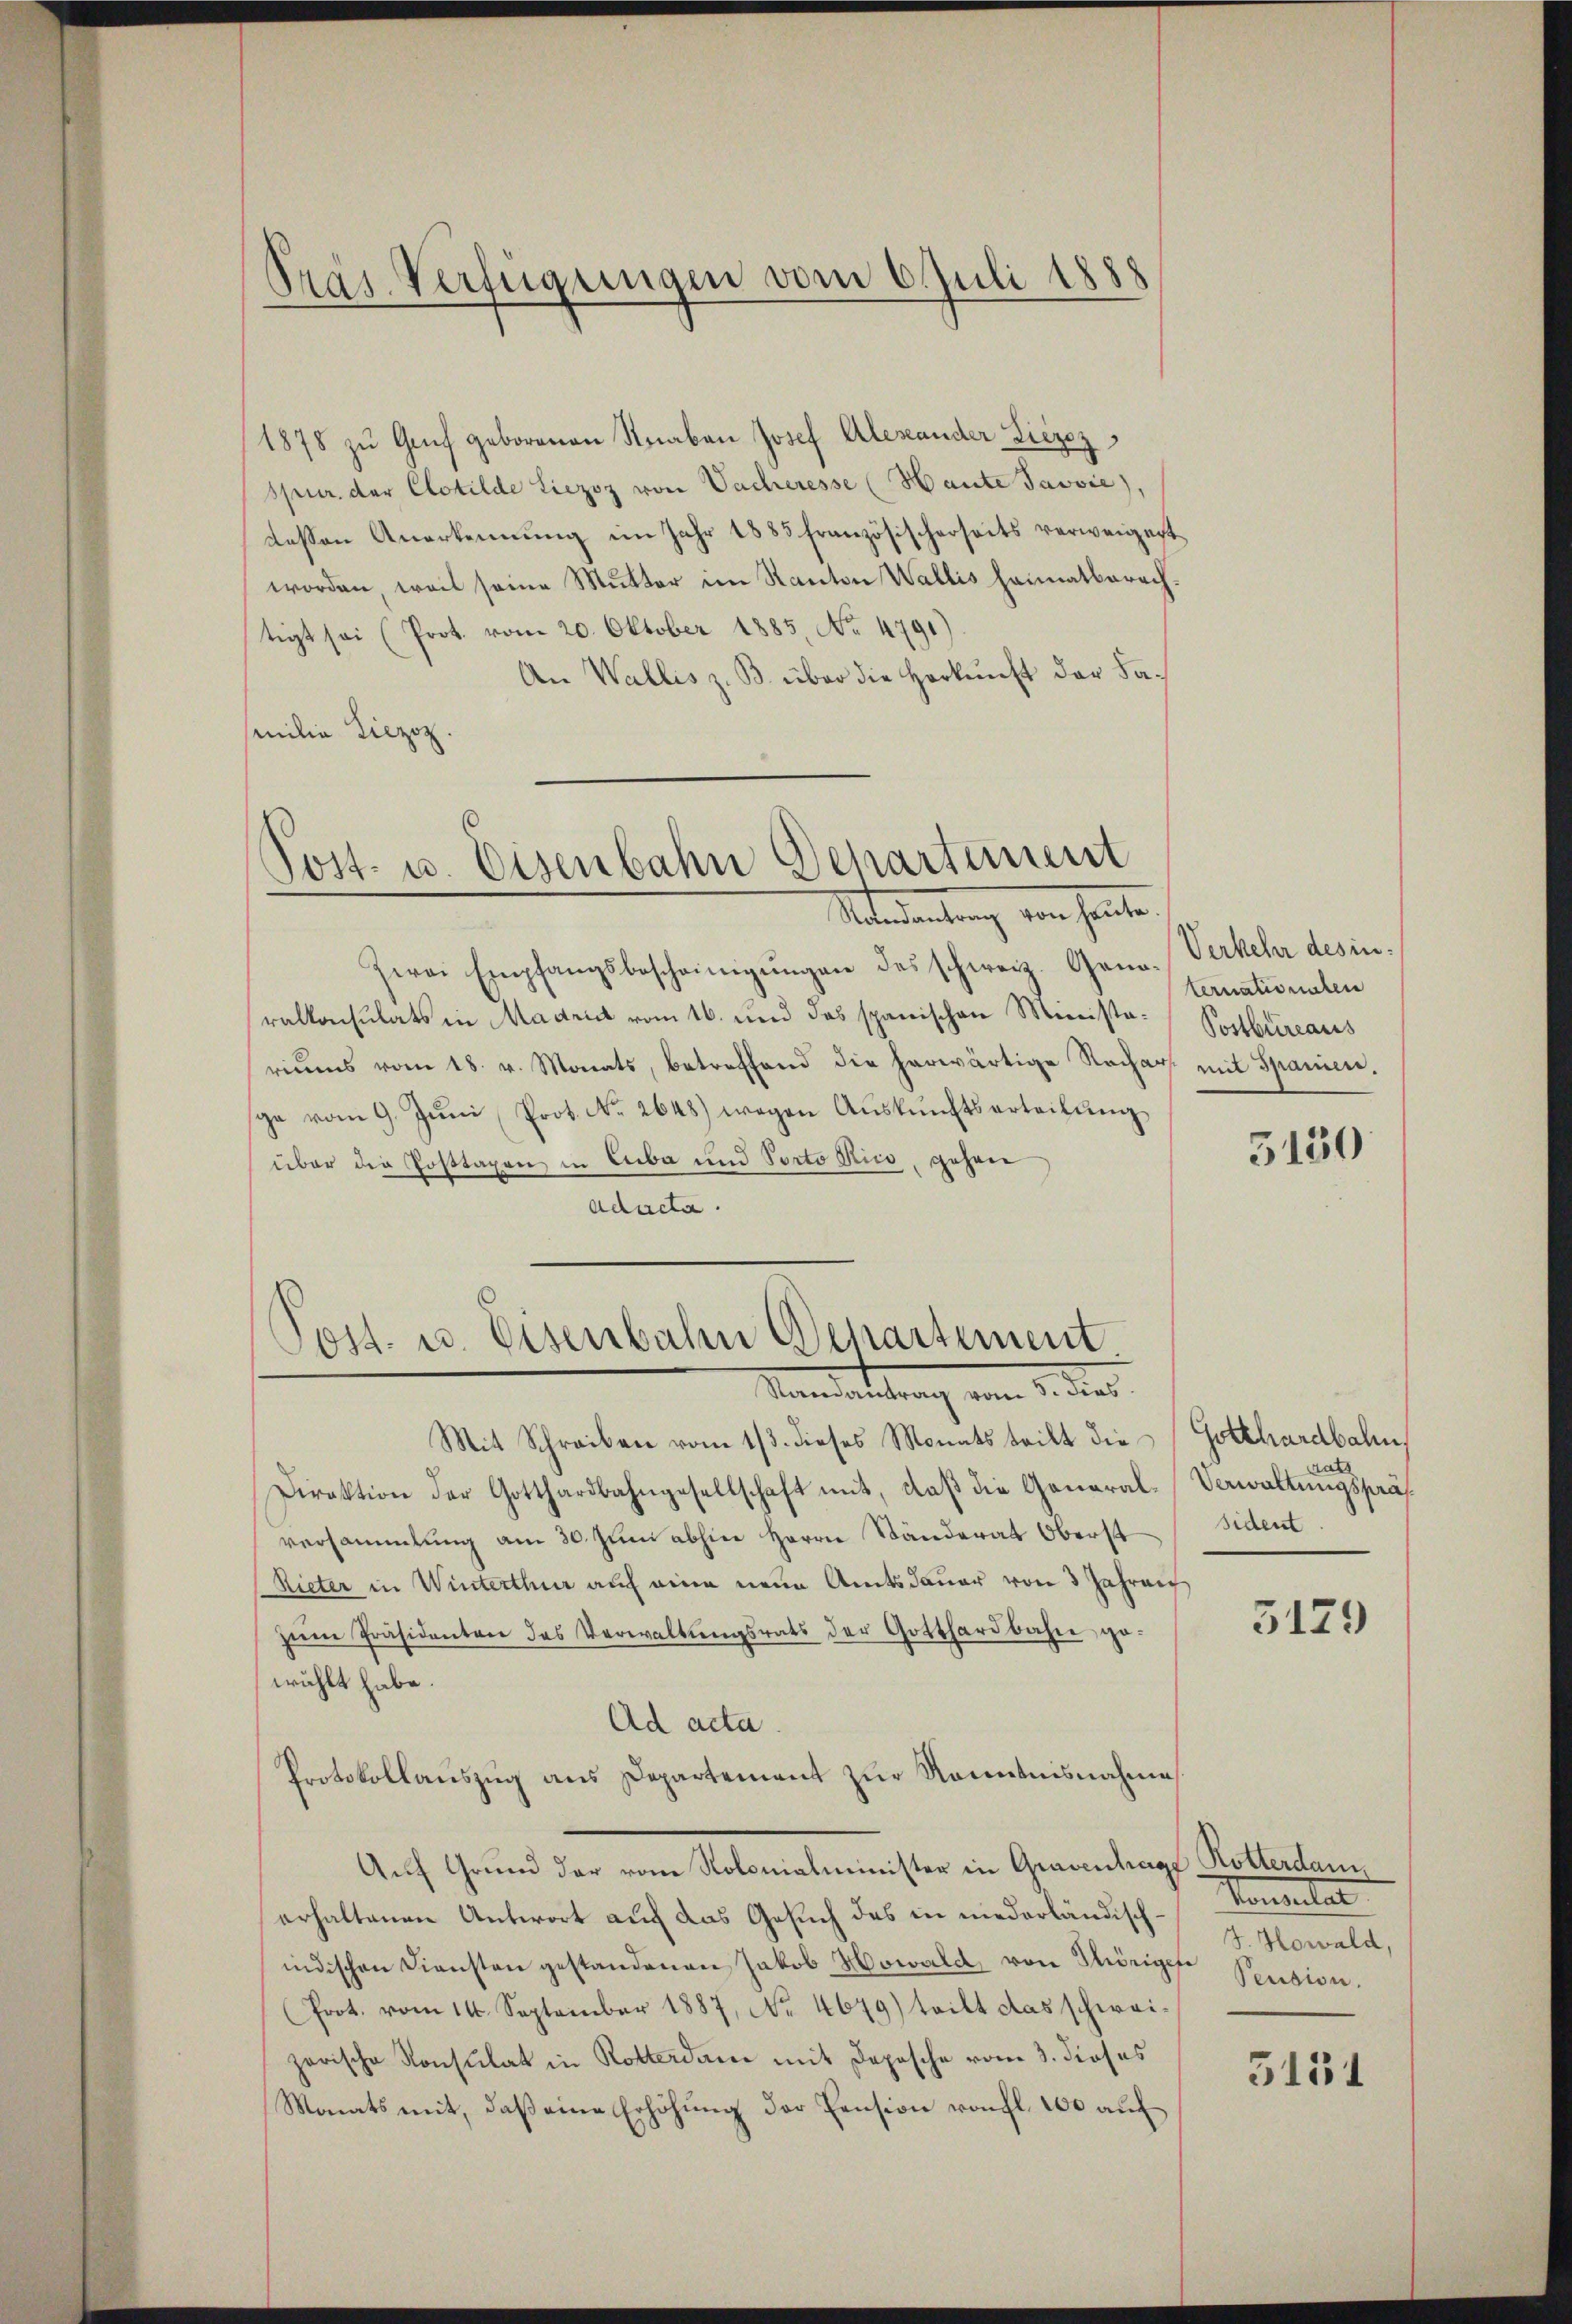
1878 zu Genf geborenen Knaben Josef Alexander Liezez
spur der Clotilde Liezoz von Vacheresse (Haute Javvie),
dessen Anerkennung im Jahr 1885 französischerseits verweigert
worden, weil seine Mutter im Kanton Wallis heimatberachtigt sei (Prot. vom 20. Oktober 1885, No 4791)
An Wallis z. B. über die Herkunft der Familie Liezoz.

Präs. Verfügungen vom 6. Juli 1888

Zwei Empfangsbescheinigŭngen des schweiz. Gena-Verkehr des inralkonsulats in Madrit vom 16. und das spanischen Ministariŭms vom 18. v. Monats, betreffend die herwärtige Nachars mit Spanien,
sga vom 9. Jŭni Prot. No. 2648) wegen Aŭskŭnftserteilŭng
über die Posttagen in Luba und Porto Kico, gehen
adacta.

Post- u. Eisenbahn Departement
Mandantung von heute.

Post- u. Eisenbahn Departement
Mandartung ein u. des

Mit Schreiben vom 1/3. dieses Monats teilt die
Direktion der Gotthardbahngesellschaft mit, daß die General-Verwaltungspräs
versammlung am 30. Juni abhin Herrn Ständerat Oberst
Rieter in Winterthur auf eine neue Amtsdauer von 3 Jahren
zŭm Präsidenten das Verwaltŭngsrats der Gotthardbahne, ge-
wählt habe.
Ad acta.
Protokollauszug aus Departement zur Kenntnisnahmes
Auf Grund der vom Kolonialminister in Graventrage Rotterdam
erhaltenen Antwort auf das Gesuch des in niederländischindischen Diensten gestandenen Jakob Howald, von Thörigese
(Prot. vom 14. September 1887, No. 4679) teilt das schwei-
zerische Konsulat in Rotterdamer mit Deposche vom 3. dieses
Monats mit, daß eine Erhöhung der Pension von fl. 100 auf

ternationalen
Postbüreaus

5130

Gotthardbahn,
tats
sident

5179

Konsentar
J. Howald,
Pension.

3151